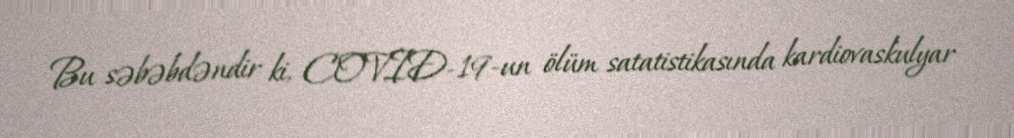
Bu səbəbdəndir ki, COVID-19-un ölüm satatistikasında kardiovaskulyar